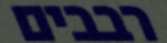
רבבים